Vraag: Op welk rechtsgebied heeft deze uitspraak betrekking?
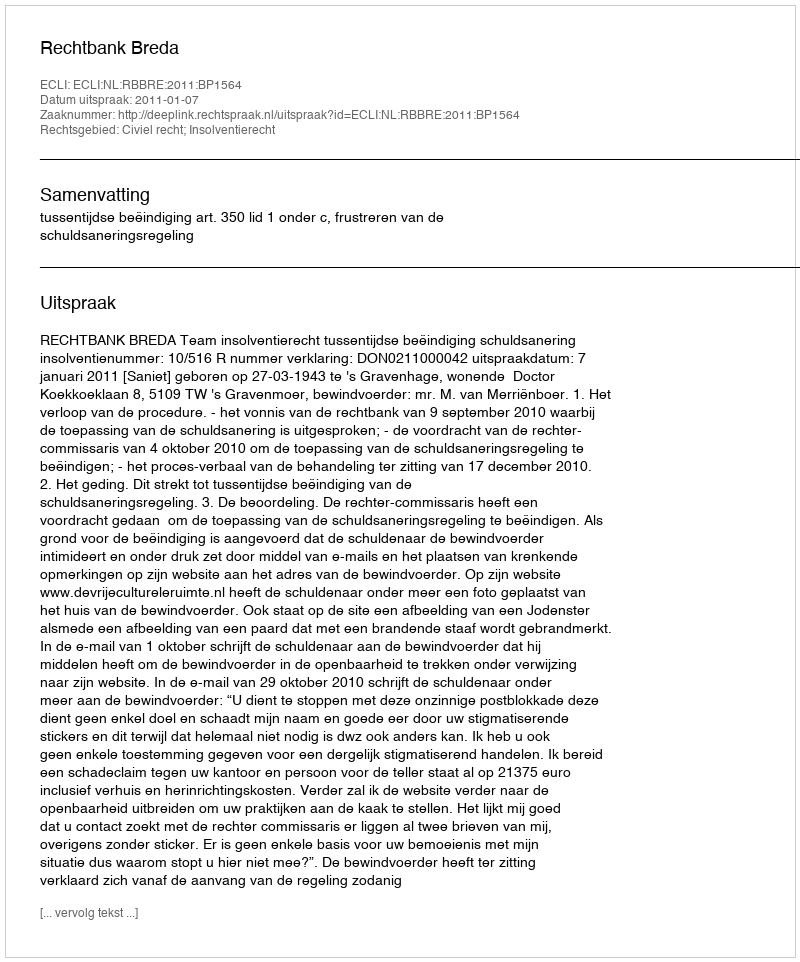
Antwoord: Civiel recht; Insolventierecht